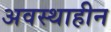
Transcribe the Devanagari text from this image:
अवस्थाहीन